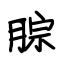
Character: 腙